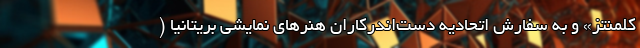
کلمنتز» و به سفارش اتحادیه دست‌اندرکاران هنرهای نمایشی بریتانیا (